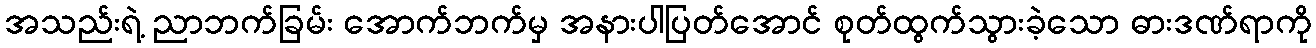
အသည်းရဲ့ ညာဘက်ခြမ်း အောက်ဘက်မှ အနားပါပြတ်အောင် စုတ်ထွက်သွားခဲ့သော ဓားဒဏ်ရာကို